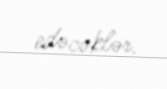
edəcəklər.